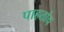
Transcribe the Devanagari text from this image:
पाहतांच